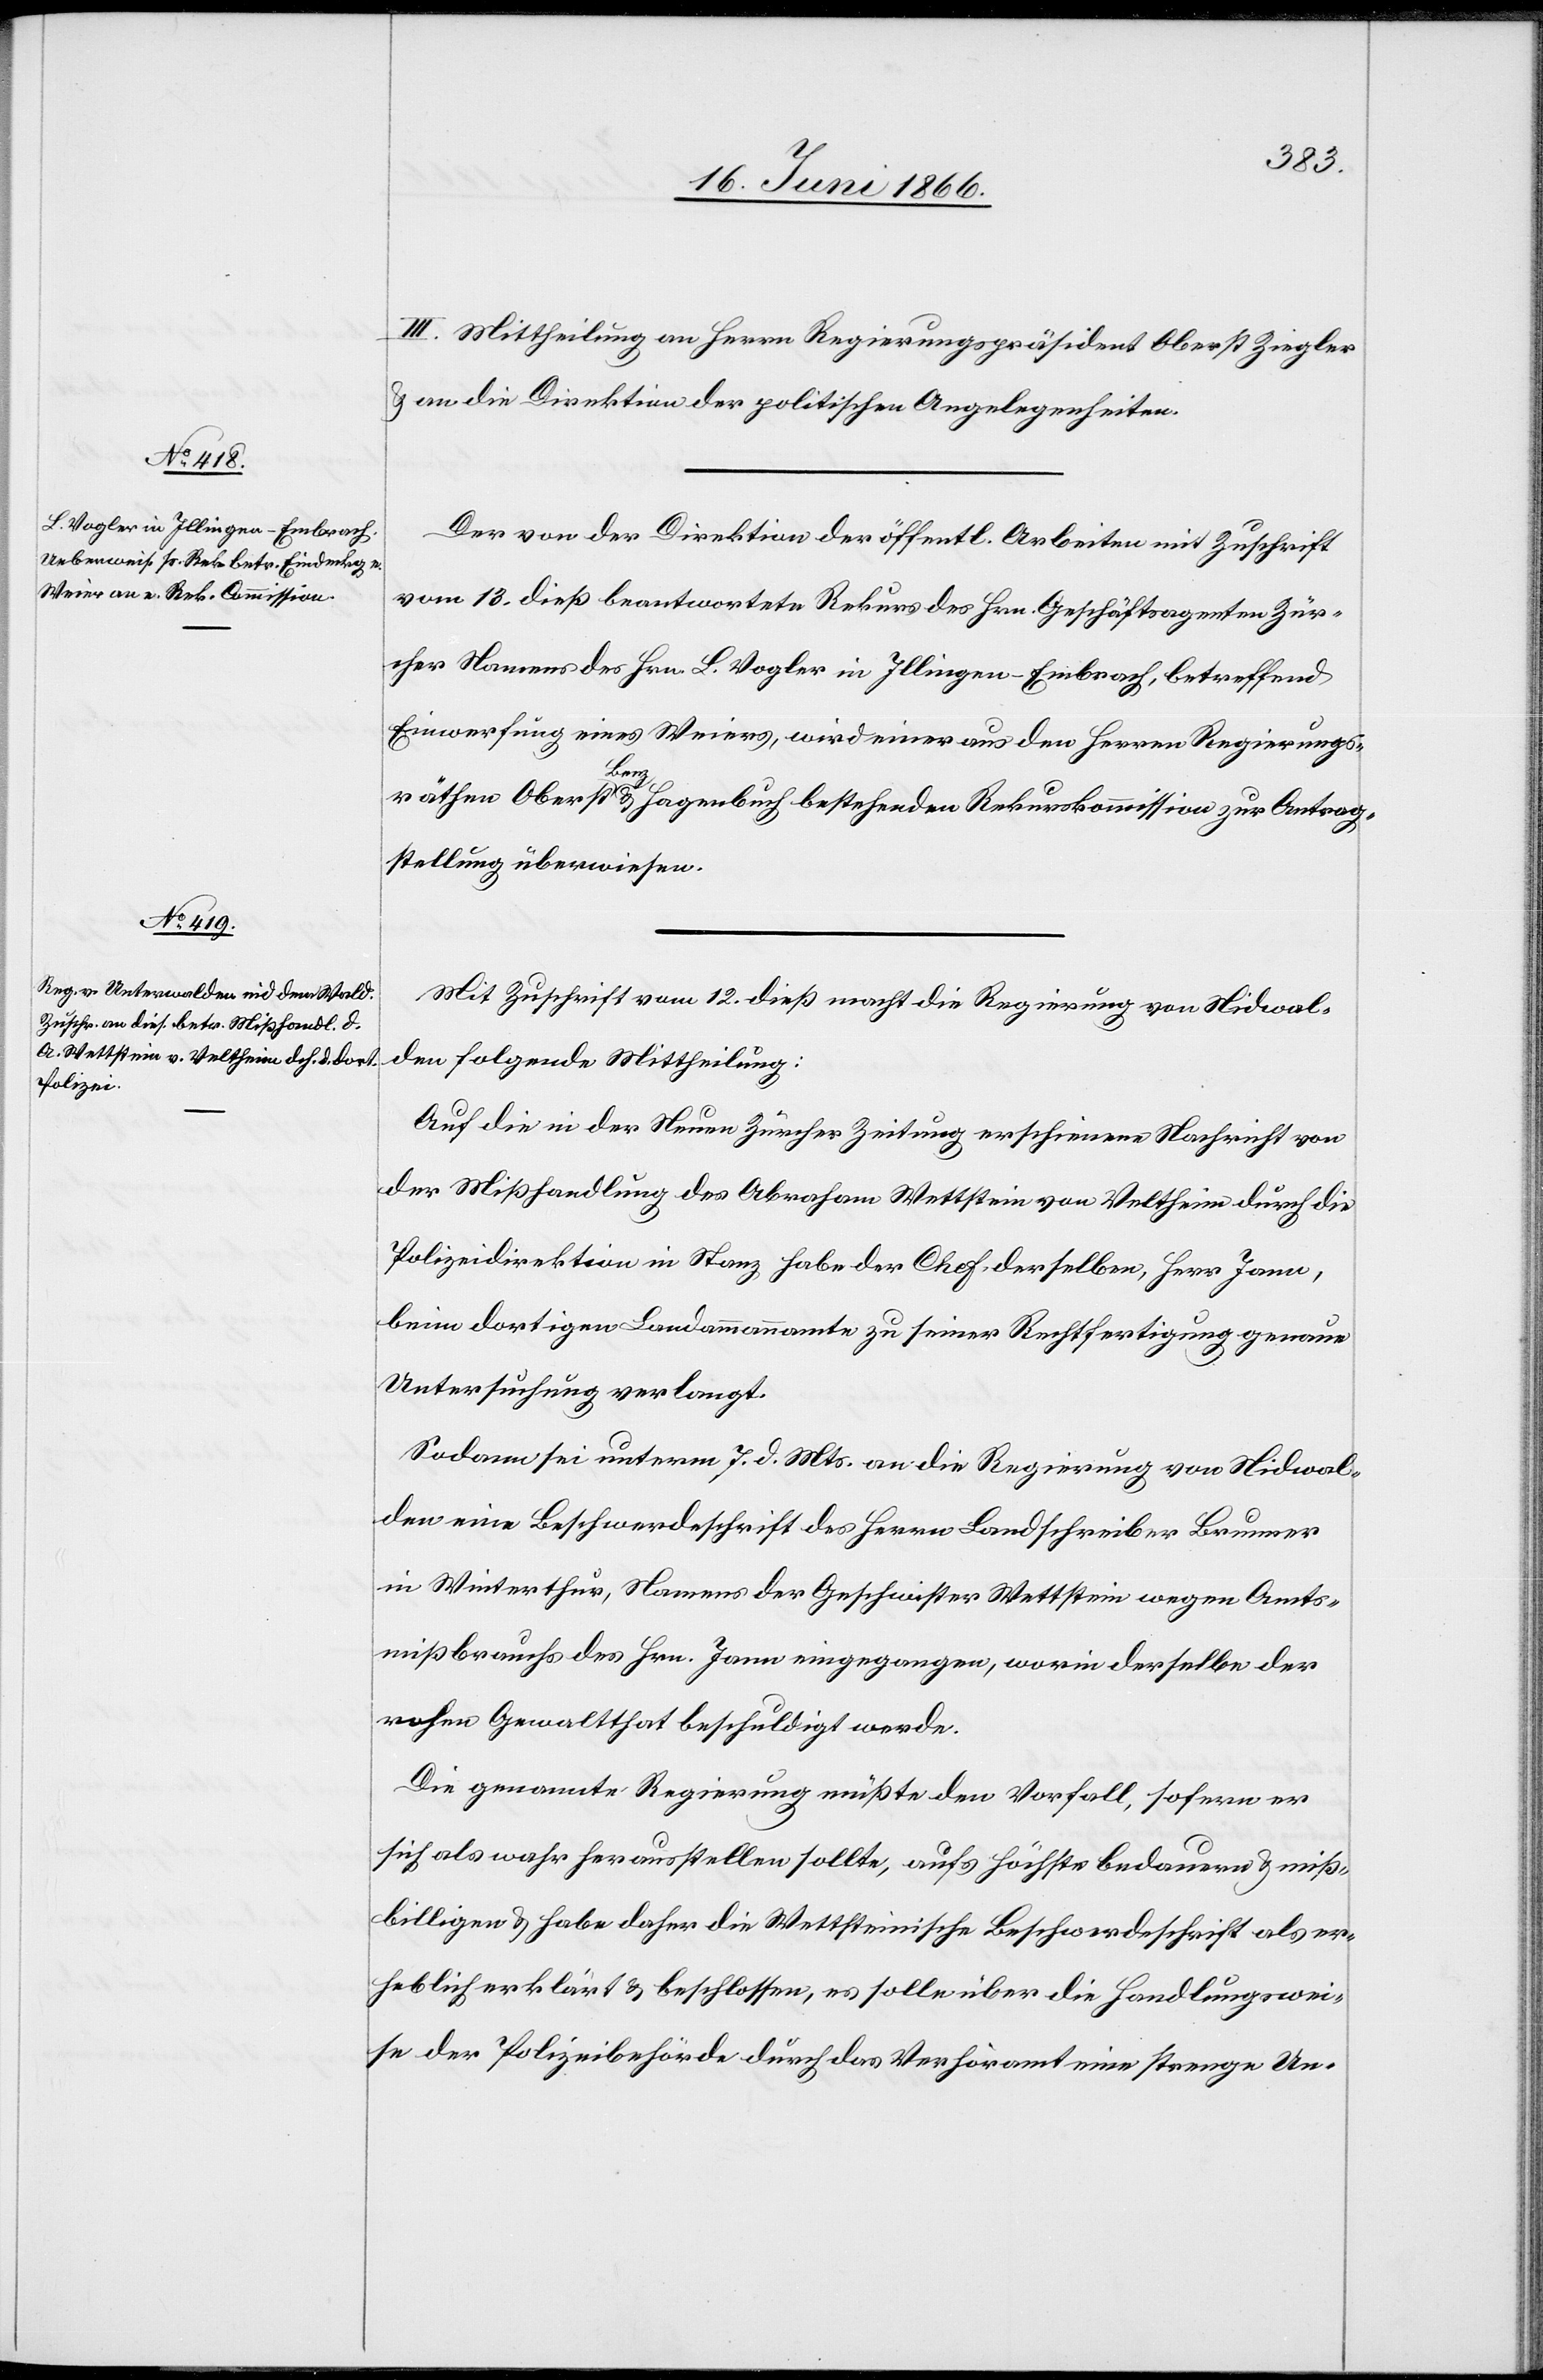
III. Mittheilung an Herrn Regierungspräsident Oberst Ziegler
u. an die Direktion der politischen Angelegenheiten.
Der von der Direktion der öffentl. Arbeiten mit Zuschrift
vom 13. dieß beantwortete Rekurs des Hrn. Geschäftsagenten Zür¬
cher Namens des Hrn. B. Vogler in Illingen-Embrach, betreffend
Einwerfung eines Weiers, wird einer aus den Herrn Regierungs¬
räthen Oberst Benz u. Hagenbuch bestehenden Rekurskommission zur Antrag¬
stellung überwiesen.
Mit Zuschrift vom 12. dieß macht die Regierung von Nidwal¬
den folgende Mittheilung:
Auf die in der Neuen Zürcher Zeitung erschienene Nachricht von
der Mißhandlung des Abraham Wettstein von Veltheim durch die
Polizeidirektion in Stanz habe der Chef derselben, Herr Jann,
beim dortigen Landammannamte zu seiner Rechtfertigung genaue
Untersuchung verlangt.
Sodann sei unterm 7. d. Mts. an die Regierung von Nidwal¬
den eine Beschwerdeschrift des Herrn Landschreiber Brunner
in Winterthur, Namens der Geschwister Wettstein wegen Amts¬
mißbrauch des Hrn. Jann eingegangen, worin derselbe der
rohen Gewaltthat beschuldigt werde.
Die genannte Regierung müßte den Vorfall, sofern er
sich als wahr herausstellen sollte, aufs höchste bedauern u. miß¬
billigen u. habe daher die Wettsteinische Beschwerdeschrift als er¬
heblich erklärt u. beschlossen, es solle über die Handlungswei¬
se der Polizeibehörde durch das Verhöramt eine strenge Un-